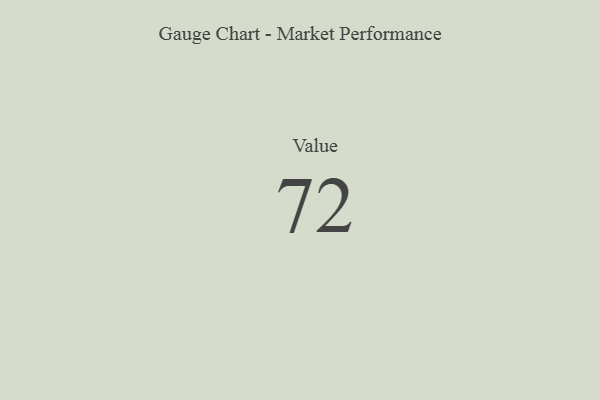
{"axis": {"x": "Metric", "y": "Value"}, "legend": [""], "data": [{"x": "Value", "y": 72, "type": ""}]}